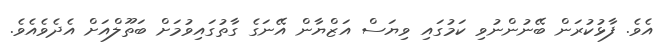
އެވެ. ފާޅުކުރަން ބޭނުންނުވި ކަމުގައި ވިޔަސް އަޒްޔާން އޭނަގެ ގާތުގައިވުމަށް ބަތޫލްއަށް އެދެވެއެވެ.